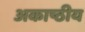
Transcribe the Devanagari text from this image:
अकाष्ठीय